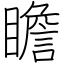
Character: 瞻